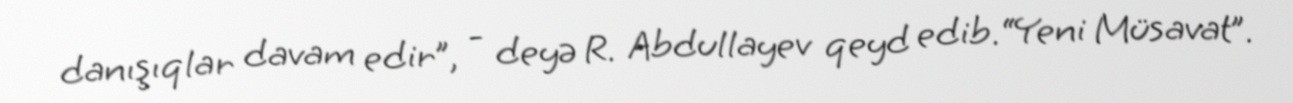
danışıqlar davam edir”, - deyə R. Abdullayev qeyd edib.“Yeni Müsavat”.